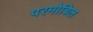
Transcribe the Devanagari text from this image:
परमोबिल